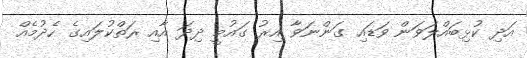
އަދި ކުޅިބައްލަވަން ވަޑައި ގަންނަވާ އިރު ގައުމީ ދިދަ އާއި ރަތްކުލައިގެ ހެދުމެއް